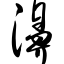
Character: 濞